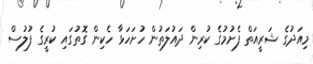
މިއަދުގެ ޝަރީއަތް ފެށުމުގެ ކުރިން ދައުލަތުން ހުށަހަޅާ ހެކިން ގޮތުގައި ކުރީގެ ފުލުސް